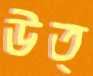
উত্